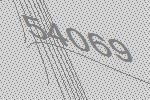
54069